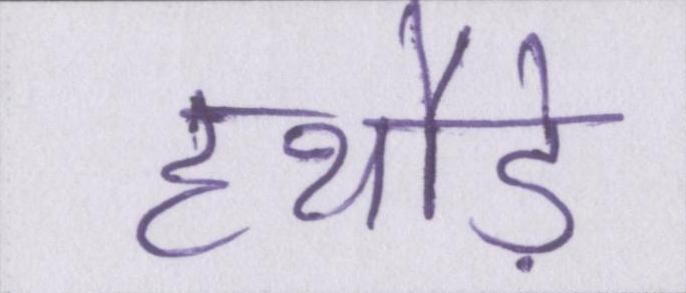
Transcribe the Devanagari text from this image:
हथौड़े